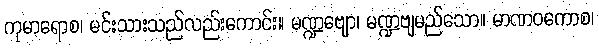
ကုမာရောစ၊ မင်းသားသည်လည်းကောင်း။ မဏ္ဍဗျော၊ မဏ္ဍဗျမည်သော။ မာဏဝကောစ၊